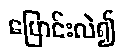
ပြောင်းလဲ၍